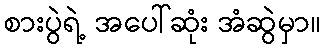
စားပွဲရဲ့ အပေါ်ဆုံး အံဆွဲမှာ။